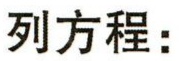
列方程：